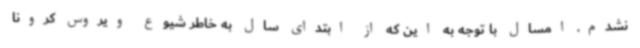
نشدم. امسال با توجه به این که از ابتدای سال به خاطر شیوع ویروس کرونا